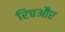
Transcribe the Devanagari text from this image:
रिचऔर